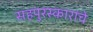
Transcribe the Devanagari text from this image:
सहपुरस्कारांचे